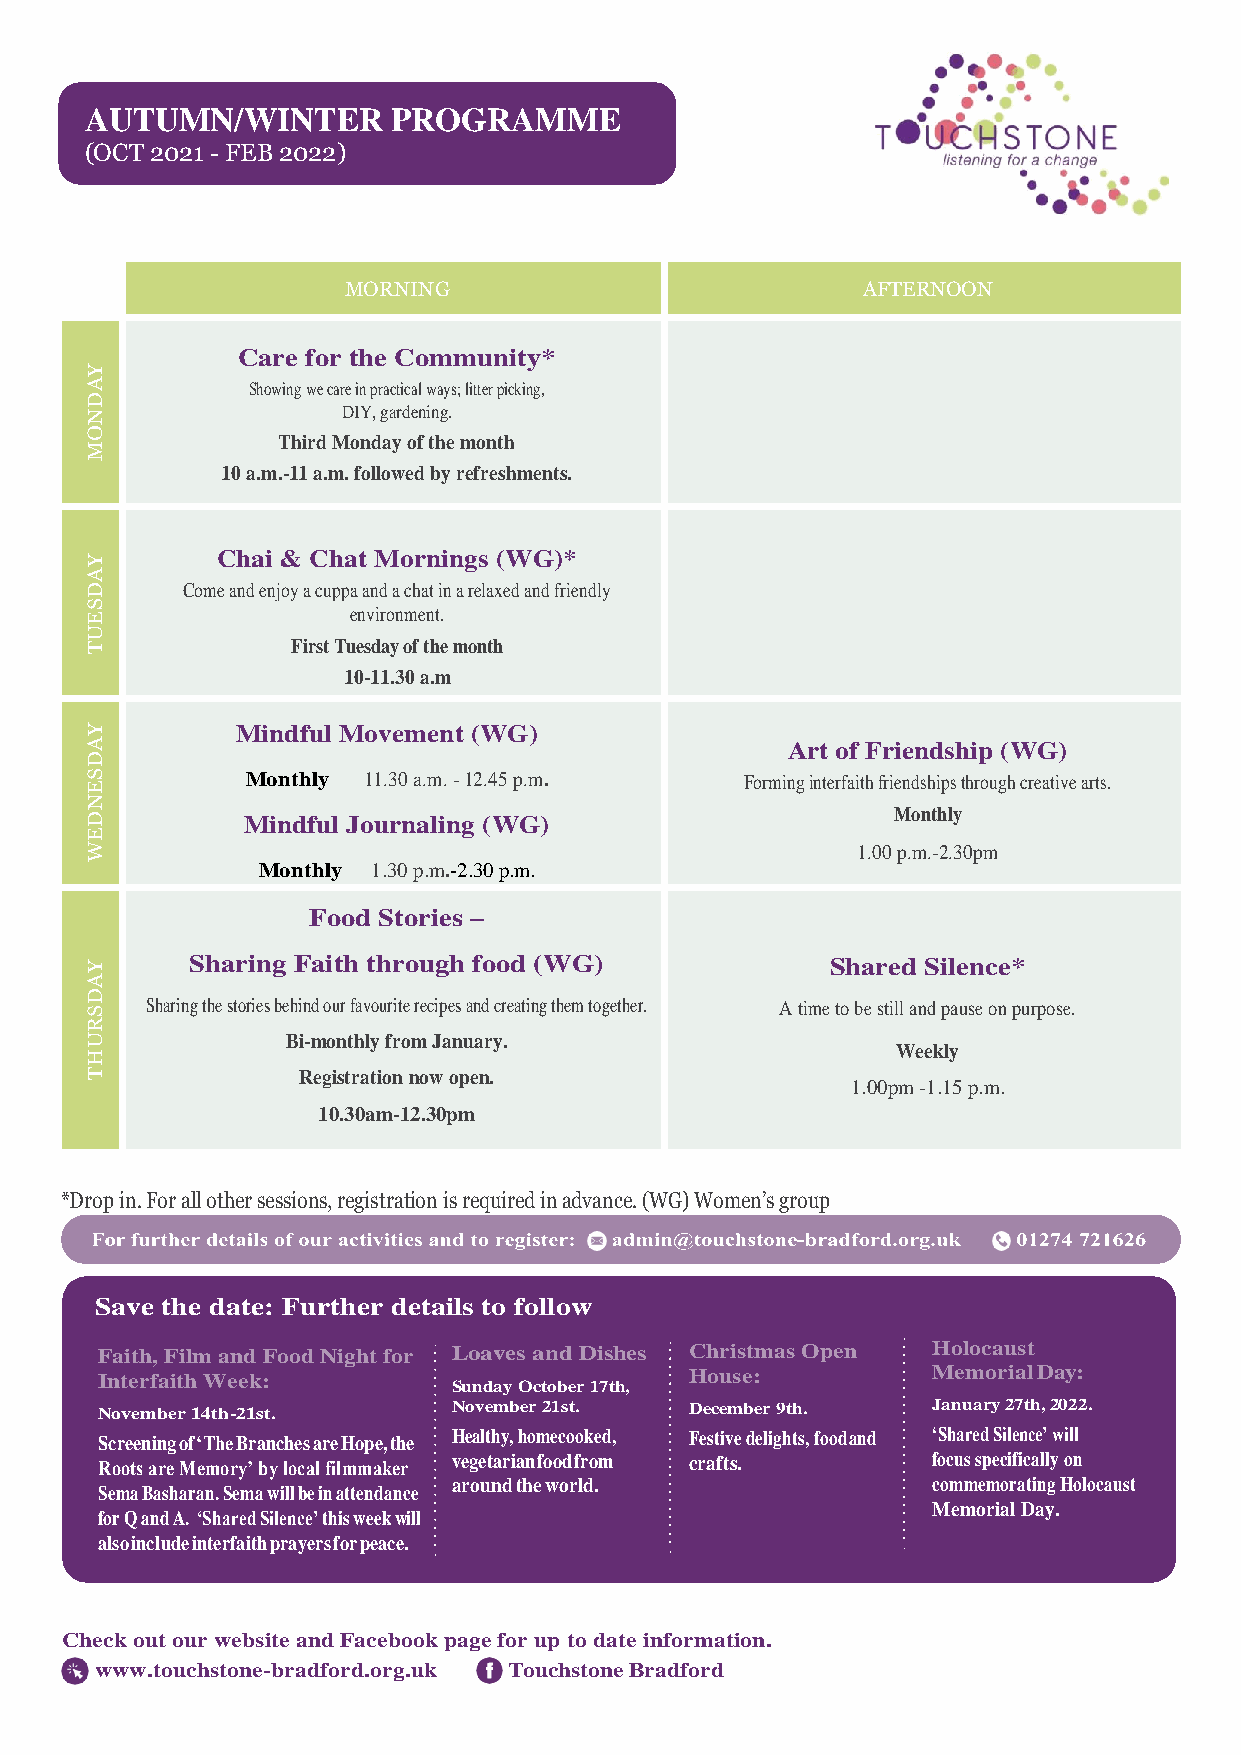
AUTUMN/WINTER       PROGRAMME
 (OCT 2021 - FEB 2022)
 MORNING                           AFTERNOON
 Care for the Community*
 Y
 A         Showing we care in practical ways; litter picking,
 D
 N                DIY, gardening.
 O
 Third Monday of the month
 M
 10 a.m.-11 a.m. followed by refreshments.
 Y
 Chai & Chat Mornings (WG)*
 A
 D     Come and enjoy a cuppa and a chat in a relaxed and friendly
 S
 E                environment.
 U
 T            First Tuesday of the month
 10-11.30 a.m
 Y         Mindful Movement (WG)
 A                                             Art of Friendship (WG)
 D
 S         Monthly 11.30 a.m. - 12.45 p.m.  Forming interfaith friendships through creative arts.
 E
 N
 D         Mindful Journaling (WG)                    Monthly
 E
 W                                                  1.00 p.m.-2.30pm
 Monthly 1.30 p.m.-2.30 p.m.
 Food Stories –
 Y      Sharing Faith through food (WG)           Shared Silence*
 A
 D
 S   Sharing the stories behind our favourite recipes and creating them together. A time to be still and pause on purpose.
 R
 U            Bi-monthly from January.
 Weekly
 H
 T             Registration now open.
 1.00pm -1.15 p.m.
 10.30am-12.30pm
 *Drop in. For all other sessions, registration is required in advance. (WG) Women’s group
 Save the date: Further details to follow
 Faith, Film and Food Night for Loaves and Dishes Christmas Open Holocaust
 Interfaith Week:                        House:          Memorial Day:
 Sunday October 17th,
 November 14th-21st.     November 21st.  December 9th.   January 27th, 2022.
 Screening of ‘The Branches are Hope, the Healthy, homecooked, Festive delights, food and ‘Shared Silence’ will
 Roots are Memory’ by local filmmaker vegetarian food from crafts. focus specifically on
 around the world.               commemorating Holocaust
 Sema Basharan. Sema will be in attendance
 Memorial Day.
 for Q and A. ‘Shared Silence’ this week will
 also include interfaith prayers for peace.
 Check out our website and Facebook page for up to date information.
 www.touchstone-bradford.org.uk Touchstone Bradford